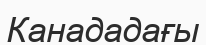
Канададағы